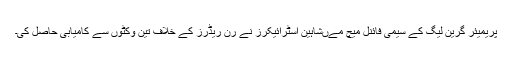
پریمیئر گرین لیگ کے سیمی فائنل میچ مےںشاہین اسٹرائیکرز نے رن ریڈرز کے خلاف تین وکٹوں سے کامیابی حاصل کی۔